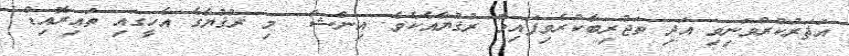
އަޘަރުކުރުވަނިވި އަދި ތަޖުރިބާކުރެވިފައިވާ ރުޤުޔާއެކެވެ. އިންޝާ  މި ރުޤުޔާގެ އެހީގައި ތައިރޮއިޑް